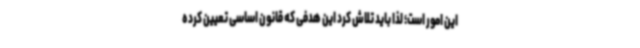
این امور است؛ لذا باید تلاش کرد این هدفی که قانون اساسی تعیین کرده